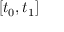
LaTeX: [ t _ { 0 } , t _ { 1 } ]